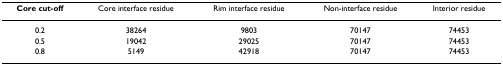
| Core cut-off | Core interface residue | Rim interface residue | Non-interface residue | Interior residue |
 | --- | --- | --- | --- | --- |
 | 0.2 | 38264 | 9803 | 70147 | 74453 |
 | 0.5 | 19042 | 29025 | 70147 | 74453 |
 | 0.8 | 5149 | 42918 | 70147 | 74453 |